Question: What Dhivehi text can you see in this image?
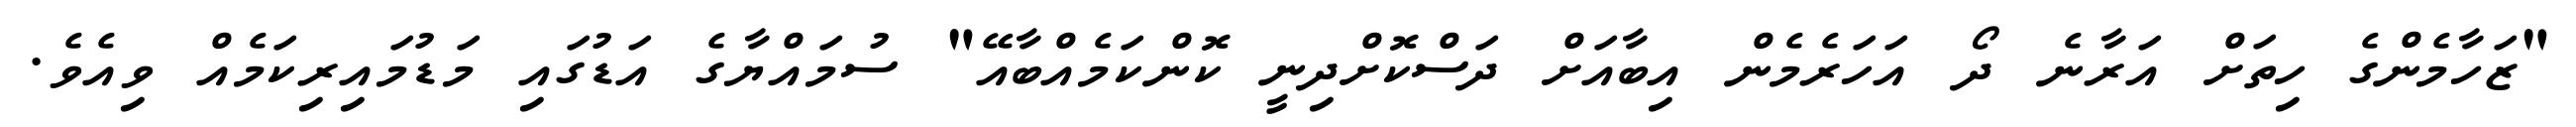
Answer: "ޒަހާމެންގެ ހިތަށް އަރާނެ ދޯ އަހަރެމެން އިބާއަށް ދަސްކޮށްދިނީ ކޮންކަމެއްބާއޭ" ސުމައްޔާގެ އަޑުގައި މަޑުމައިރިކަމެއް ވިއެވެ.